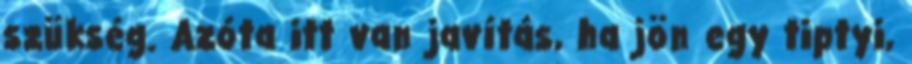
szükség. Azóta itt van javítás, ha jön egy tiptyi,